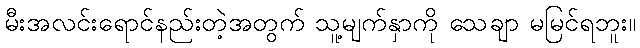
မီးအလင်းရောင်နည်းတဲ့အတွက် သူ့မျက်နှာကို သေချာ မမြင်ရဘူး။